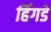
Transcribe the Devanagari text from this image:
हिंगडे